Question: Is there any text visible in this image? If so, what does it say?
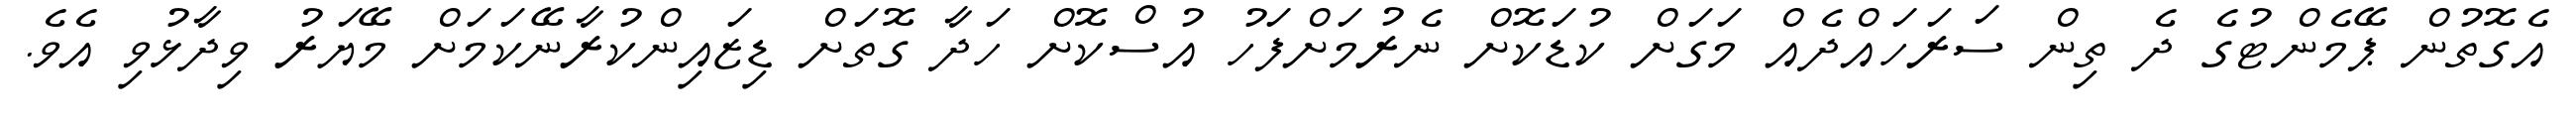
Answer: އެގޮތުން ޕޭމެންޓުގެ ދެ ތިން ސަރަހައްދެއް މަގަށް ކުޑަކޮށް ނެރުމަށްފަހު އުސްކޮށް ހަދާ ގޮތަށް ޑިޒައިންކުރާނޭކަމަށް މޭޔަރު ވިދާޅުވި އެވެ.